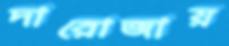
দারোজায়